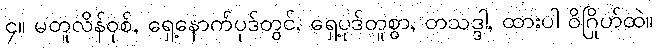
၄။ မတူလိန်ဝုစ်, ရှေ့နောက်ပုဒ်တွင်, ရှေ့ပုဒ်တူစွာ, တသဒ္ဒါ, ထားပါ ဝိဂြိုဟ်ထဲ။